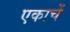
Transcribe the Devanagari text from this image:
एकाचें